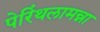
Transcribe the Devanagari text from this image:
पेरिंथलामन्ना